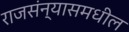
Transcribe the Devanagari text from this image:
राजसंन्यासमधील